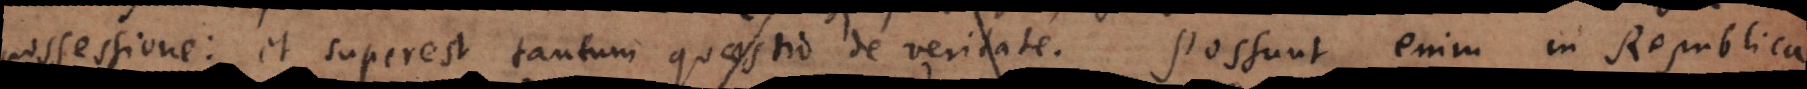
possessione: et superest tantum quaestio de veritate. Possunt enim in Republica